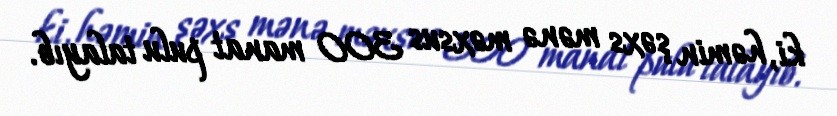
ki, həmin şəxs mənə məxsus 300 manat pulu talayıb.